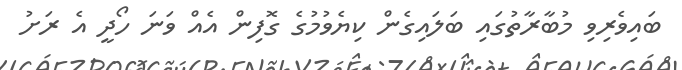
ބައިވެރިވި މުބާރާތުގައި ބަލައިގެން ކިޔެވުމުގެ ގޮފިން އެއް ވަނަ ހޯދީ އެ ރަށު